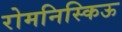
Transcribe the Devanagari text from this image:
रोमनिस्किऊ